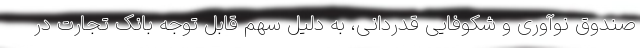
صندوق نوآوری و شکوفایی قدردانی، به دلیل سهم قابل توجه بانک تجارت در